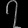
Digit: ၇